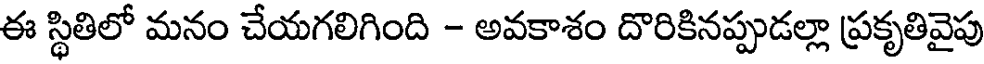
ఈ స్థితిలో మనం చేయగలిగింది - అవకాశం దొరికినప్పుడల్లా ప్రకృతివైపు